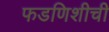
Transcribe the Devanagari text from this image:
फडणिशीची